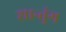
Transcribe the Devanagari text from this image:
शान्तुंग